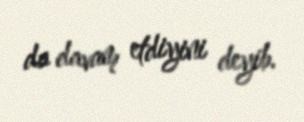
da davam etdiyini deyib.